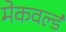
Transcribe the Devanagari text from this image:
मेकवर्ल्ड